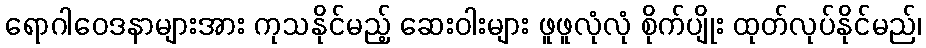
ရောဂါဝေဒနာများအား ကုသနိုင်မည့် ဆေးဝါးများ ဖူဖူလုံလုံ စိုက်ပျိုး ထုတ်လုပ်နိုင်မည်၊